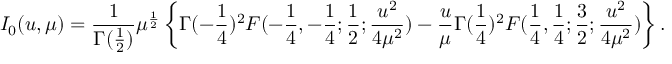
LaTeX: I _ { 0 } ( u , \mu ) = { \frac { 1 } { \Gamma ( { \frac { 1 } { 2 } } ) } } \mu ^ { { \frac { 1 } { 2 } } } \left\{ \Gamma ( - { \frac { 1 } { 4 } } ) ^ { 2 } F ( - { \frac { 1 } { 4 } } , - { \frac { 1 } { 4 } } ; { \frac { 1 } { 2 } } ; { \frac { u ^ { 2 } } { 4 \mu ^ { 2 } } } ) - { \frac { u } { \mu } } \Gamma ( { \frac { 1 } { 4 } } ) ^ { 2 } F ( { \frac { 1 } { 4 } } , { \frac { 1 } { 4 } } ; { \frac { 3 } { 2 } } ; { \frac { u ^ { 2 } } { 4 \mu ^ { 2 } } } ) \right\} .